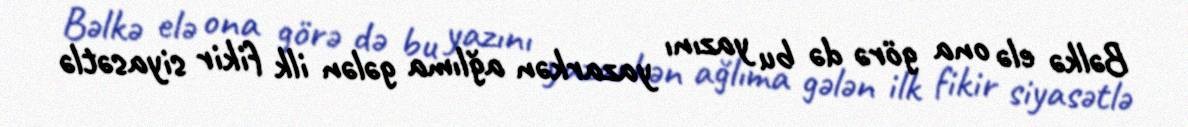
Bəlkə elə ona görə də bu yazını yazarkən ağlıma gələn ilk fikir siyasətlə